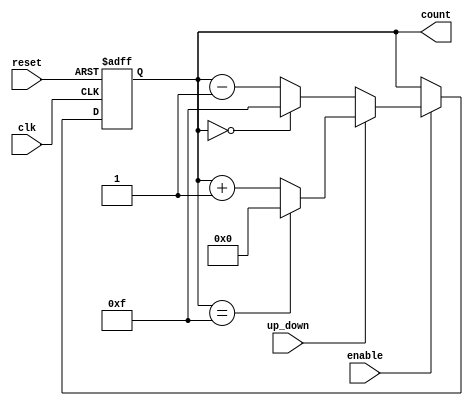
module synchronous_counter #(
    parameter WIDTH = 4 // Specify the bit width of the counter (e.g., 4 or 8)
)(
    input wire clk,           // Clock signal
    input wire reset,         // Asynchronous reset signal
    input wire enable,        // Enable signal for counting
    input wire up_down,       // Count direction (1 for up, 0 for down)
    output reg [WIDTH-1:0] count // Counter output
);

// Always block triggered on clock edge
always @(posedge clk or posedge reset) begin
    if (reset) begin
        // Asynchronous reset
        count <= 0;
    end else if (enable) begin
        // Count up or down based on up_down signal
        if (up_down) begin
            // Increment the counter, handle overflow
            count <= (count == {WIDTH{1'b1}}) ? 0 : count + 1; // Reset to 0 on overflow
        end else begin
            // Decrement the counter, handle underflow
            count <= (count == 0) ? {WIDTH{1'b1}} : count - 1; // Reset to max on underflow
        end
    end
end

endmodule